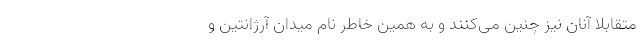
متقابلا آنان نیز چنین می‌کنند و به همین خاطر نام میدان آرژانتین و